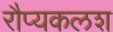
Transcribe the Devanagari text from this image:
रौप्यकलश